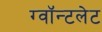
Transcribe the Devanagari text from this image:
ग्वॉन्टलेट